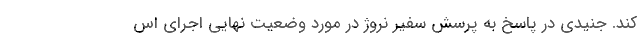
کند. جنیدی در پاسخ به پرسش سفیر نروژ در مورد وضعیت نهایی اجرای اس